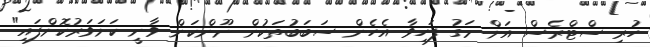
ހުރި ސްޓްރެސް އަށް މަގު ފަހިވާ އެހެން ސަބަބުތަކުން ނޫންކަން ވާނީ ކަށަވަރުކޮށްފައި"